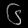
Digit: ၆